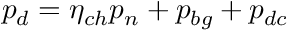
p _ { d } = \eta _ { c h } p _ { n } + p _ { b g } + p _ { d c }